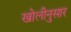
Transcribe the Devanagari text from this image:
खोलीनुसार